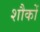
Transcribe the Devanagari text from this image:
शौकों